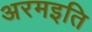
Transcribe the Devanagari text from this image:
अरमइति